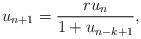
LaTeX: \begin{align*}u_{n+1}=\frac{r u_n}{1+u_{n-k+1}},\end{align*}